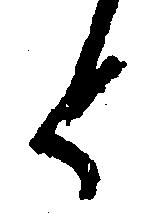
と